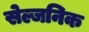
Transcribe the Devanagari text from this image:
सेल्जनिक